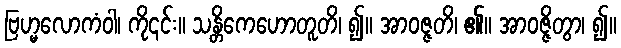
ဗြဟ္မလောကံဝါ၊ ကို၎င်း။ သန္တိကေဟောတူတိ၊ ၍။ အာဝဇ္ဇတိ၊ ၏။ အာဝဇ္ဇိတွာ၊ ၍။